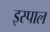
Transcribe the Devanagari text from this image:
इस्पाल